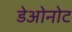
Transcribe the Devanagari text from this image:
डेओनोट